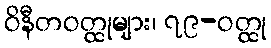
ဝိနီတဝတ္ထုများ၊ ၇၉-ဝတ္ထု